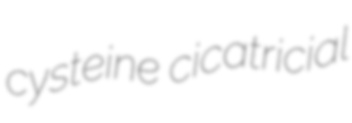
cysteine cicatricial